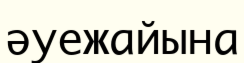
әуежайына